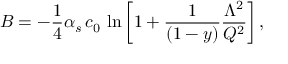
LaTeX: B = - { \frac { 1 } { 4 } } \alpha _ { s } \, c _ { 0 } \, \ln { \left[ 1 + { \frac { 1 } { ( 1 - y ) } } { \frac { \Lambda ^ { 2 } } { Q ^ { 2 } } } \right] } \, ,